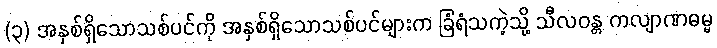
(၃) အနှစ်ရှိသောသစ်ပင်ကို အနှစ်ရှိသောသစ်ပင်များက ခြံရံသကဲ့သို့ သီလဝန္တ ကလျာဏဓမ္မ